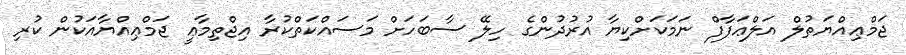
ޖަމްޢިއްޔަތުލް އަލްޢަފާފް ނަމަކަށްކިޔާ އުރުދުންގެ ހިލޭ ސާބަހަށް މަސައްކަތްކުރާ އިޖްތިމާޢީ ޖަމްޢިއްޔާއަކުން ކުރި